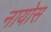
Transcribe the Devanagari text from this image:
नायोस